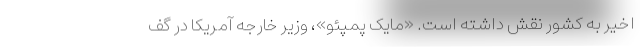
اخیر به کشور نقش داشته است. «مایک پمپئو»، وزیر خارجه آمریکا در گف